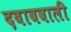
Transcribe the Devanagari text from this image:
दबाववाली